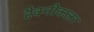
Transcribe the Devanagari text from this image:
टैक्नीकलर